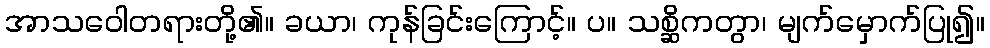
အာသဝေါတရားတို့၏။ ခယာ၊ ကုန်ခြင်းကြောင့်။ ပ။ သစ္ဆိကတွာ၊ မျက်မှောက်ပြု၍။